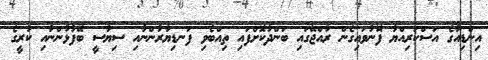
އިންޑިއާގެ އަސްކަރިއްޔާ ފޮނުވައިގެން ރާއްޖޭގައި ބަންދުކޮށްފައި ތިއްބެވި ފަނޑިޔާރުންނާއި ސިޔާސީ ބޭފުޅުންނާއި ކުރީގެ